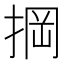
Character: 掆